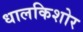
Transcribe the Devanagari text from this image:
धालकिशोर